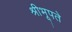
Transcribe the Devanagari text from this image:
श्रीभूपते